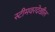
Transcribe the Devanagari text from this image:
स्टीमवरदेखील